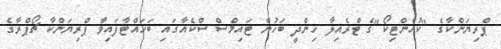
ޕްރިޔަންކާގެ "ކުއެންޓިކޯ"ގެ ޓްރެއިލާ ހިންދީ ބަހުން ޓައިމްސް ސްކެއާގައި ބަހައްޓާފައިވާ ޕްރިޔަންކާ ޗޯޕްރާގެ